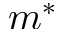
m ^ { * }